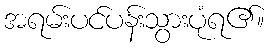
အရမ်းပင်ပန်းသွားပုံရ၏။